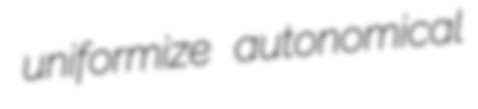
uniformize autonomical